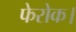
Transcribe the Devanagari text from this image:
फेरोक।